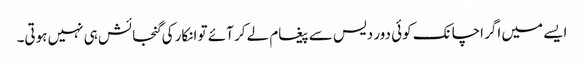
ایسے میں اگر اچانک کوئی دور دیس سے پیغام لے کر آئے تو انکار کی گنجائش ہی نہیں ہوتی۔